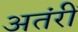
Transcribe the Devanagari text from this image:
अतंरीं